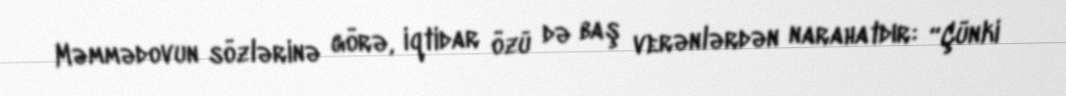
Məmmədovun sözlərinə görə, iqtidar özü də baş verənlərdən narahatdır: “Çünki